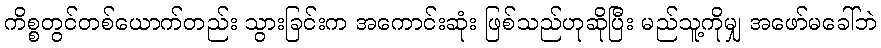
ကိစ္စတွင်တစ်ယောက်တည်း သွားခြင်းက အကောင်းဆုံး ဖြစ်သည်ဟုဆိုပြီး မည်သူ့ကိုမျှ အဖော်မခေါ်ဘဲ